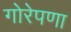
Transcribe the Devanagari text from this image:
गोरेपणा